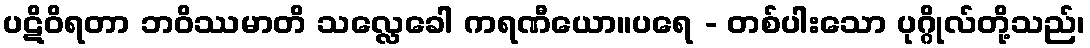
ပဋိဝိရတာ ဘဝိဿမာတိ သလ္လေခေါ ကရဏီယော။ပရေ - တစ်ပါးသော ပုဂ္ဂိုလ်တို့သည်၊